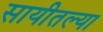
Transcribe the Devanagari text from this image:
सायीतल्या